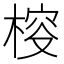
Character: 𣔱